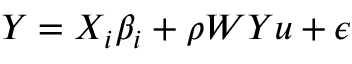
\begin{array} { r } { Y = X _ { i } \beta _ { i } + \rho W Y u + \epsilon } \end{array}